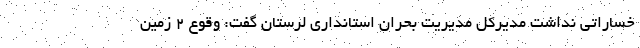
خساراتی نداشت مدیرکل مدیریت بحران استانداری لرستان گفت: وقوع ۲ زمین